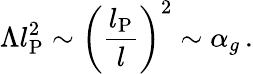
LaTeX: \Lambda l_{\mathrm{P}}^{2}\sim\left(\frac{l_{\mathrm{P}}}{l}\right)^{2}\sim\alpha_{g}\, .